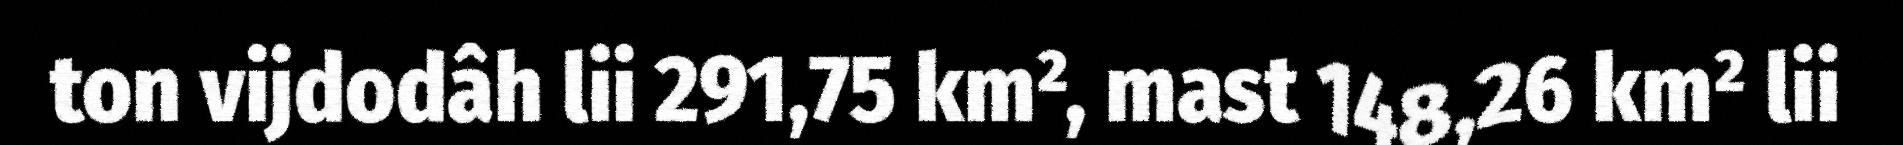
ton vijdodâh lii 291,75 km², mast 148,26 km² lii